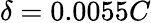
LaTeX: \delta=0.0055C